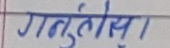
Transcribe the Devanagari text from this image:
गतुलिसा